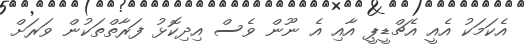
އެކަމަކު އެއީ އެޗްޑީޕީ އާއި އެ ނޫން ވެސް އިދިކޮޅު ފަރާތްތަކުން ވަރަށް